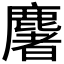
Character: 𪋏